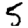
Digit: 5